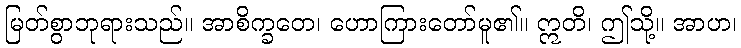
မြတ်စွာဘုရားသည်။ အာစိက္ခတေ၊ ဟောကြားတော်မူ၏။ ဣတိ၊ ဤသို့။ အာဟ၊